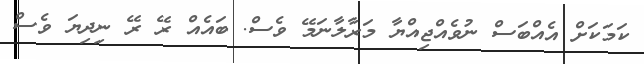
ކަމަކަށް އެއްބަސް ނުވެއްޖިއްޔާ މަރާލާނަމޭ ވެސް. ބައެއް ރޭ ރޭ ނިދިޔަ ވެސް